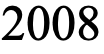
2008